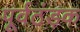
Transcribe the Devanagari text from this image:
पूर्वठंड़क